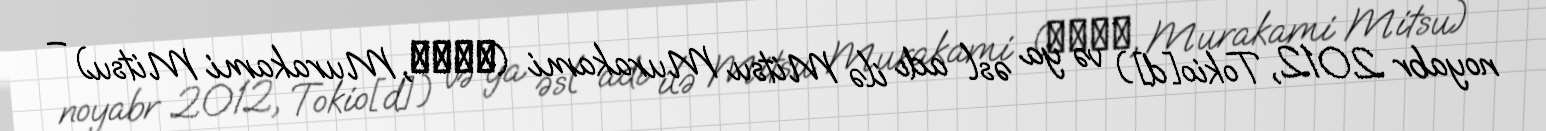
noyabr 2012, Tokio[d]) və ya əsl adı ilə Mitsu Murakami (村上美津, Murakami Mitsu) –